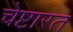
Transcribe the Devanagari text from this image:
चेष्टारत